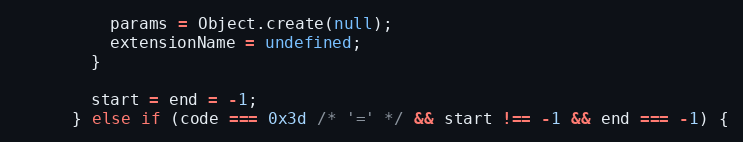
Language: JavaScript
          params = Object.create(null);
          extensionName = undefined;
        }

        start = end = -1;
      } else if (code === 0x3d /* '=' */ && start !== -1 && end === -1) {